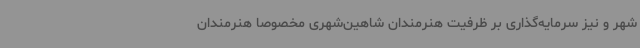
شهر و نیز سرمایه‌گذاری بر ظرفیت هنرمندان شاهین‌شهری مخصوصاً هنرمندان